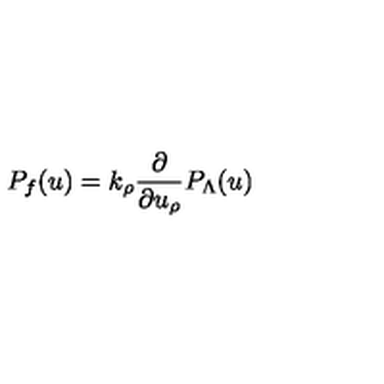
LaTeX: P _ { f } ( u ) = k _ { \rho } { \frac { \partial } { \partial u _ { \rho } } } P _ { \Lambda } ( u )